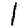
Digit: 1